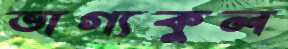
ভাগ্যকুল